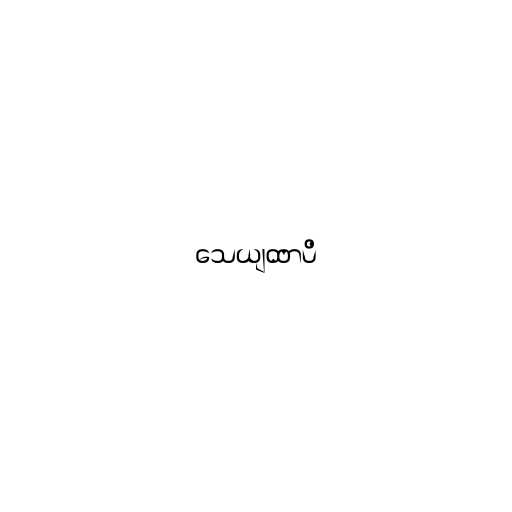
သေယျထာပိ